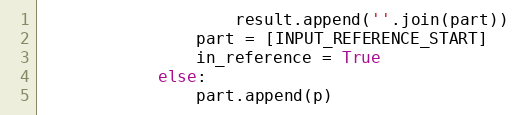
Language: Python
                    result.append(''.join(part))
                part = [INPUT_REFERENCE_START]
                in_reference = True
            else:
                part.append(p)